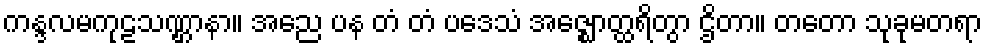
ကန္ဒလမကုဠသဏ္ဌာနာ။ အညေ ပန တံ တံ ပဒေသံ အဇ္ဈောတ္ထရိတွာ ဌိတာ။ တတော သုခုမတရာ